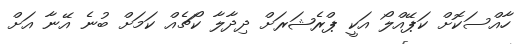
ހާއްސަކޮށް ކަޕޭއްްލޯ އަކީ ޕްރެޝަރަށް ދިދާލާ ކޯޗެއް ކަމަށް ބުނެ އޭނާ އަށް